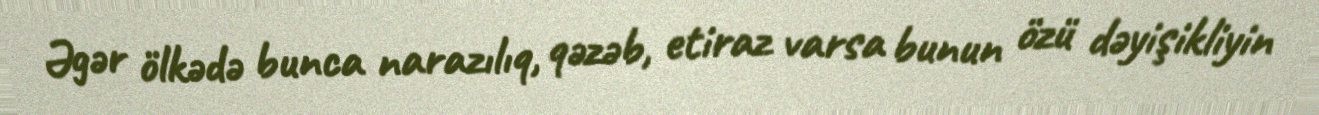
Əgər ölkədə bunca narazılıq, qəzəb, etiraz varsa bunun özü dəyişikliyin